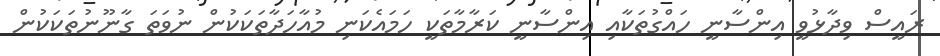
ރައީސް ވިދާޅުވީ އިންސާނީ ހައްގުތަކާއި އިންސާނީ ކަރާމާތަކީ ހަމައެކަނި މުއާހަދާތަކަކުން ނުވަތަ ގާނޫނުތަކަކުން